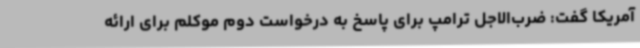
آمریکا گفت: ضرب‌الاجل ترامپ برای پاسخ به درخواست دوم موکلم برای ارائه